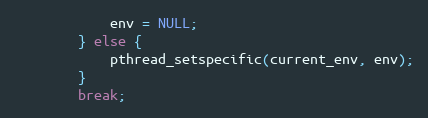
Language: C
            env = NULL;
        } else {
            pthread_setspecific(current_env, env);
        }
        break;